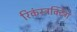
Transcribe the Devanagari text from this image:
रिकंस्ट्रक्टिंग